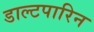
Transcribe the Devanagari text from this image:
डाल्टपारिन